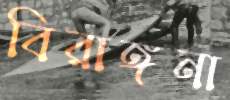
বিরাঙ্গনা